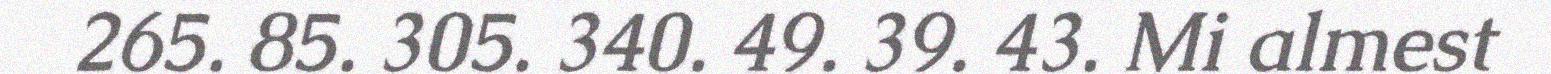
265. 85. 305. 340. 49. 39. 43. Mi almest